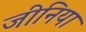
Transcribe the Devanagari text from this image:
जीनिया